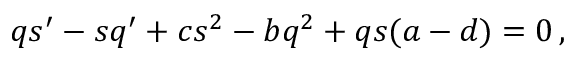
q s ^ { \prime } - s q ^ { \prime } + c s ^ { 2 } - b q ^ { 2 } + q s ( a - d ) = 0 \, ,